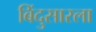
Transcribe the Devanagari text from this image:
बिंदुसारला